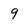
Character: 9